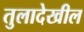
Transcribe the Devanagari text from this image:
तुलादेखील